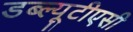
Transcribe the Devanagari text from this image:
डब्ल्यूटीएसी